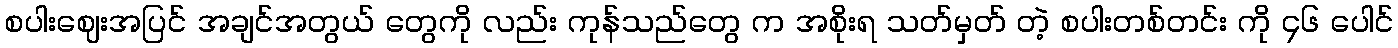
စပါးဈေးအပြင် အချင်အတွယ် တွေကို လည်း ကုန်သည်တွေ က အစိုးရ သတ်မှတ် တဲ့ စပါးတစ်တင်း ကို ၄၆ ပေါင်